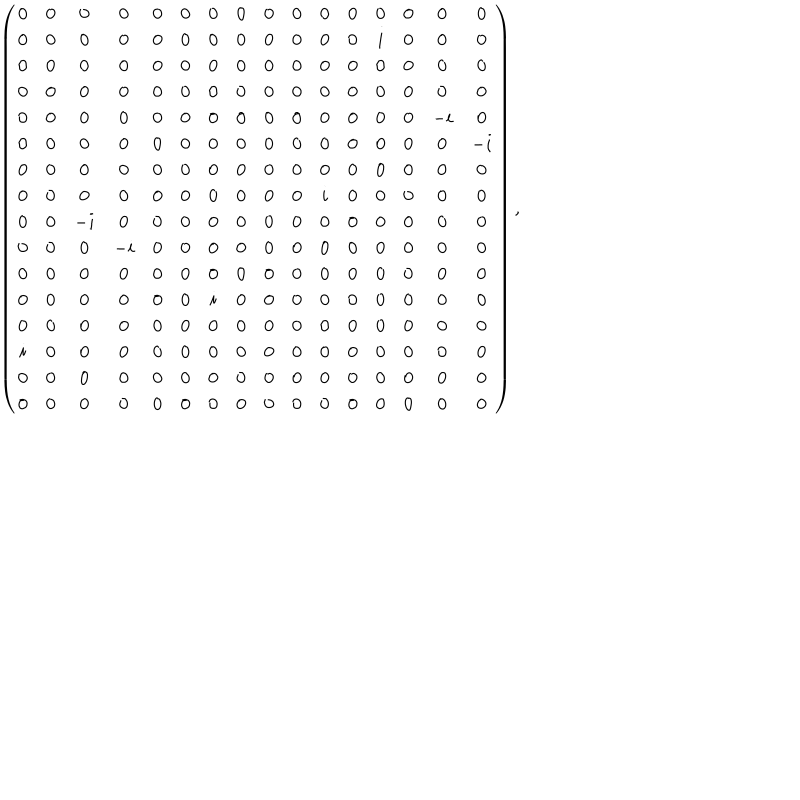
\left( \begin{array} { c c c c c c c c c c c c c c c c } { { 0 } } & { { 0 } } & { { 0 } } & { { 0 } } & { { 0 } } & { { 0 } } & { { 0 } } & { { 0 } } & { { 0 } } & { { 0 } } & { { 0 } } & { { 0 } } & { { 0 } } & { { 0 } } & { { 0 } } & { { 0 } } \\ { { 0 } } & { { 0 } } & { { 0 } } & { { 0 } } & { { 0 } } & { { 0 } } & { { 0 } } & { { 0 } } & { { 0 } } & { { 0 } } & { { 0 } } & { { 0 } } & { { i } } & { { 0 } } & { { 0 } } & { { 0 } } \\ { { 0 } } & { { 0 } } & { { 0 } } & { { 0 } } & { { 0 } } & { { 0 } } & { { 0 } } & { { 0 } } & { { 0 } } & { { 0 } } & { { 0 } } & { { 0 } } & { { 0 } } & { { 0 } } & { { 0 } } & { { 0 } } \\ { { 0 } } & { { 0 } } & { { 0 } } & { { 0 } } & { { 0 } } & { { 0 } } & { { 0 } } & { { 0 } } & { { 0 } } & { { 0 } } & { { 0 } } & { { 0 } } & { { 0 } } & { { 0 } } & { { 0 } } & { { 0 } } \\ { { 0 } } & { { 0 } } & { { 0 } } & { { 0 } } & { { 0 } } & { { 0 } } & { { 0 } } & { { 0 } } & { { 0 } } & { { 0 } } & { { 0 } } & { { 0 } } & { { 0 } } & { { 0 } } & { { - i } } & { { 0 } } \\ { { 0 } } & { { 0 } } & { { 0 } } & { { 0 } } & { { 0 } } & { { 0 } } & { { 0 } } & { { 0 } } & { { 0 } } & { { 0 } } & { { 0 } } & { { 0 } } & { { 0 } } & { { 0 } } & { { 0 } } & { { - i } } \\ { { 0 } } & { { 0 } } & { { 0 } } & { { 0 } } & { { 0 } } & { { 0 } } & { { 0 } } & { { 0 } } & { { 0 } } & { { 0 } } & { { 0 } } & { { 0 } } & { { 0 } } & { { 0 } } & { { 0 } } & { { 0 } } \\ { { 0 } } & { { 0 } } & { { 0 } } & { { 0 } } & { { 0 } } & { { 0 } } & { { 0 } } & { { 0 } } & { { 0 } } & { { 0 } } & { { i } } & { { 0 } } & { { 0 } } & { { 0 } } & { { 0 } } & { { 0 } } \\ { { 0 } } & { { 0 } } & { { - i } } & { { 0 } } & { { 0 } } & { { 0 } } & { { 0 } } & { { 0 } } & { { 0 } } & { { 0 } } & { { 0 } } & { { 0 } } & { { 0 } } & { { 0 } } & { { 0 } } & { { 0 } } \\ { { 0 } } & { { 0 } } & { { 0 } } & { { - i } } & { { 0 } } & { { 0 } } & { { 0 } } & { { 0 } } & { { 0 } } & { { 0 } } & { { 0 } } & { { 0 } } & { { 0 } } & { { 0 } } & { { 0 } } & { { 0 } } \\ { { 0 } } & { { 0 } } & { { 0 } } & { { 0 } } & { { 0 } } & { { 0 } } & { { 0 } } & { { 0 } } & { { 0 } } & { { 0 } } & { { 0 } } & { { 0 } } & { { 0 } } & { { 0 } } & { { 0 } } & { { 0 } } \\ { { 0 } } & { { 0 } } & { { 0 } } & { { 0 } } & { { 0 } } & { { 0 } } & { { i } } & { { 0 } } & { { 0 } } & { { 0 } } & { { 0 } } & { { 0 } } & { { 0 } } & { { 0 } } & { { 0 } } & { { 0 } } \\ { { 0 } } & { { 0 } } & { { 0 } } & { { 0 } } & { { 0 } } & { { 0 } } & { { 0 } } & { { 0 } } & { { 0 } } & { { 0 } } & { { 0 } } & { { 0 } } & { { 0 } } & { { 0 } } & { { 0 } } & { { 0 } } \\ { { i } } & { { 0 } } & { { 0 } } & { { 0 } } & { { 0 } } & { { 0 } } & { { 0 } } & { { 0 } } & { { 0 } } & { { 0 } } & { { 0 } } & { { 0 } } & { { 0 } } & { { 0 } } & { { 0 } } & { { 0 } } \\ { { 0 } } & { { 0 } } & { { 0 } } & { { 0 } } & { { 0 } } & { { 0 } } & { { 0 } } & { { 0 } } & { { 0 } } & { { 0 } } & { { 0 } } & { { 0 } } & { { 0 } } & { { 0 } } & { { 0 } } & { { 0 } } \\ { { 0 } } & { { 0 } } & { { 0 } } & { { 0 } } & { { 0 } } & { { 0 } } & { { 0 } } & { { 0 } } & { { 0 } } & { { 0 } } & { { 0 } } & { { 0 } } & { { 0 } } & { { 0 } } & { { 0 } } & { { 0 } } \\ \end{array} \right) ,